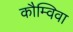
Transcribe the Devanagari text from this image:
कौम्विवा